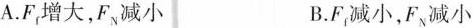
A.F_{f}增大，F_{N}减小 B.F_{f}减小，F_{N}减小